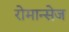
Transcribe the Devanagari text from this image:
रोमान्सेज